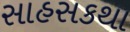
સાહસકથા